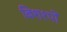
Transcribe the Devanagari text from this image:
बिशश्पों